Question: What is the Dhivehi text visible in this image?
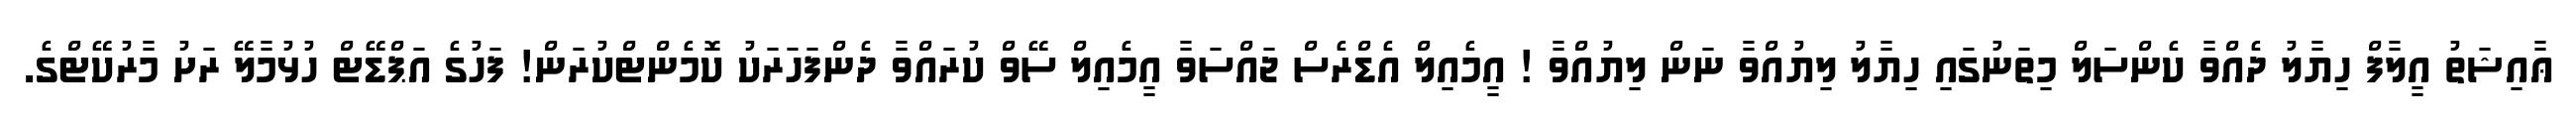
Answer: ޢާއިޝަތު އީލާފް ހިޔާލު ދެއްވާ ކެންސަލް މިތަނުގައި ހިޔާލު ލިޔުއްވާ ނަން ލިޔުއްވާ ! އީމެއިލް އެޑްރެސް ޖައްސަވާ އީމެއިލް ސޭވް ކުރައްވާ ދެންފަހަރަކު ކޮމެންޓްކުރަން! ފަހުގެ އަޕްޑޭޓް ހުޅުމާލޭ ރަށު މާރުކޭޓްގެ.